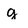
Character: g